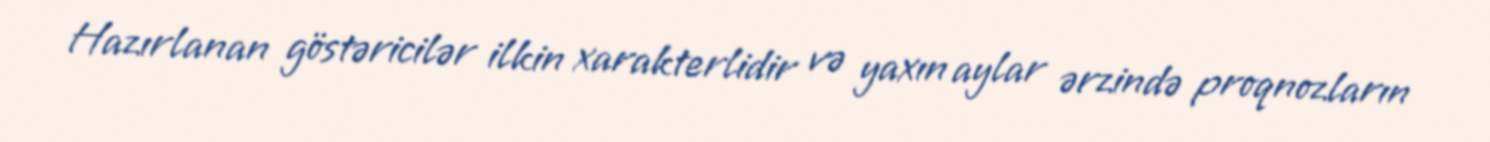
Hazırlanan göstəricilər ilkin xarakterlidir və yaxın aylar ərzində proqnozların